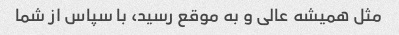
مثل همیشه عالی و به موقع رسید، با سپاس از شما